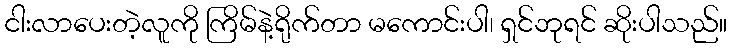
ငါးလာပေးတဲ့လူကို ကြိမ်နဲ့ရိုက်တာ မကောင်းပါ၊ ရှင်ဘုရင် ဆိုးပါသည်။